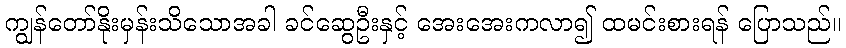
ကျွန်တော်နိုးမှန်းသိသောအခါ ခင်ဆွေဦးနှင့် အေးအေးကလာ၍ ထမင်းစားရန် ပြောသည်။